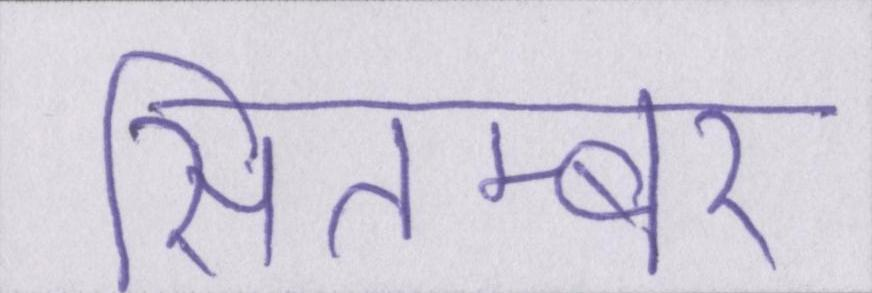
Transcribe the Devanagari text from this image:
सितम्बर